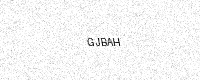
Text: GJBAH